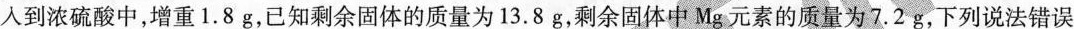
人到浓硫酸中，增重1.8g，已知剩余固体的质量为13.8g，剩余固体中Mg元素的质量为7.2g，下列说法错误